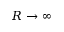
R \to \infty